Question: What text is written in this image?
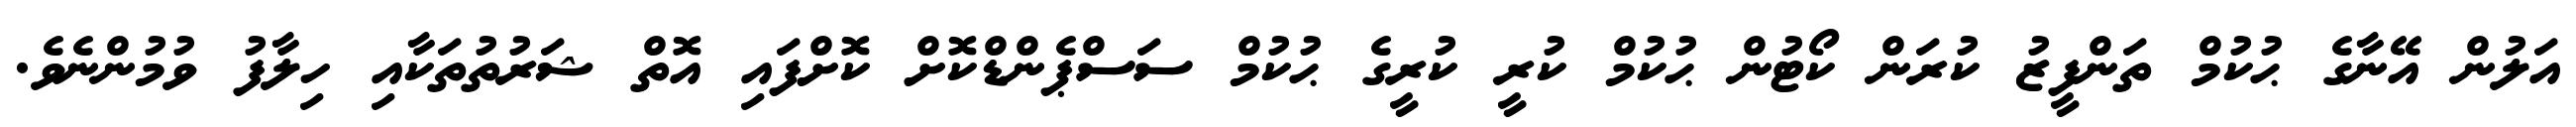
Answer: އަލުން އޭނާގެ ޙުކުމް ތަންފީޒު ކުރަން ކޯޓުން ޙުކުމް ކުރީ ކުރީގެ ޙުކުމް ސަސްޕެންޑްކޮށް ކޮށްފައި އޮތް ޝަރުތުތަކާއި ހިލާފު ވުމުންނެވެ.